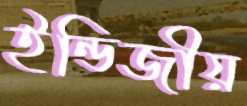
ইন্ডিজীয়